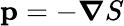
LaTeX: \mathbf{p}=-\boldsymbol{\nabla}S